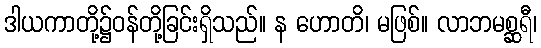
ဒါယကာတို့၌ဝန်တို့ခြင်းရှိသည်။ န ဟောတိ၊ မဖြစ်။ လာဘမစ္ဆရီ၊